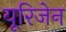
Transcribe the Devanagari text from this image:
यूरिजेन